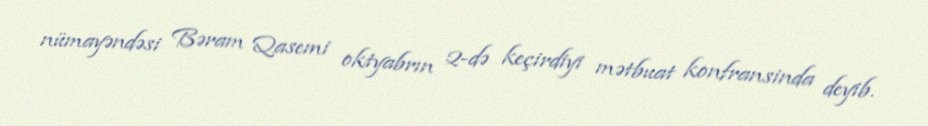
nümayəndəsi Bəram Qasemi oktyabrın 2-də keçirdiyi mətbuat konfransinda deyib.